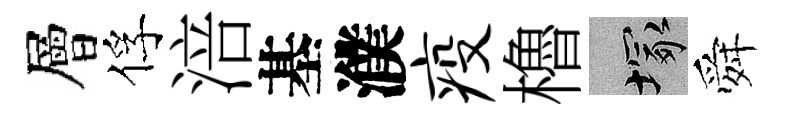
層俘涪基濮疫櫓塚舜